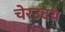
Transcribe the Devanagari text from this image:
चेरउदय